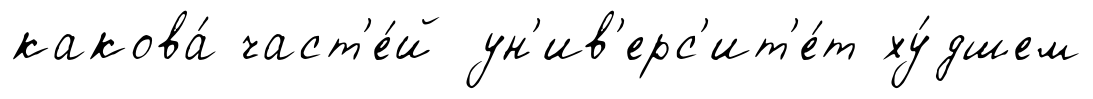
какова́ част'е́й ун'ив'ерс'ит'е́т ху́дшем